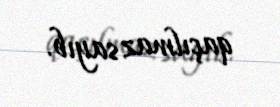
qaçılmaz sayıb.